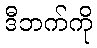
ဒီဘက်ကို